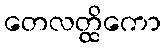
တေလတ္ထိကော